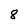
Character: 8